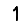
Digit: 1